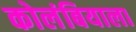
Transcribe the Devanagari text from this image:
कोलंबियाला